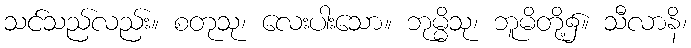
သင်သည်လည်း။ စတုသု၊ လေးပါးသော။ ဘုမ္မိသု၊ ဘူမိတို့၌။ သီလာနိ၊